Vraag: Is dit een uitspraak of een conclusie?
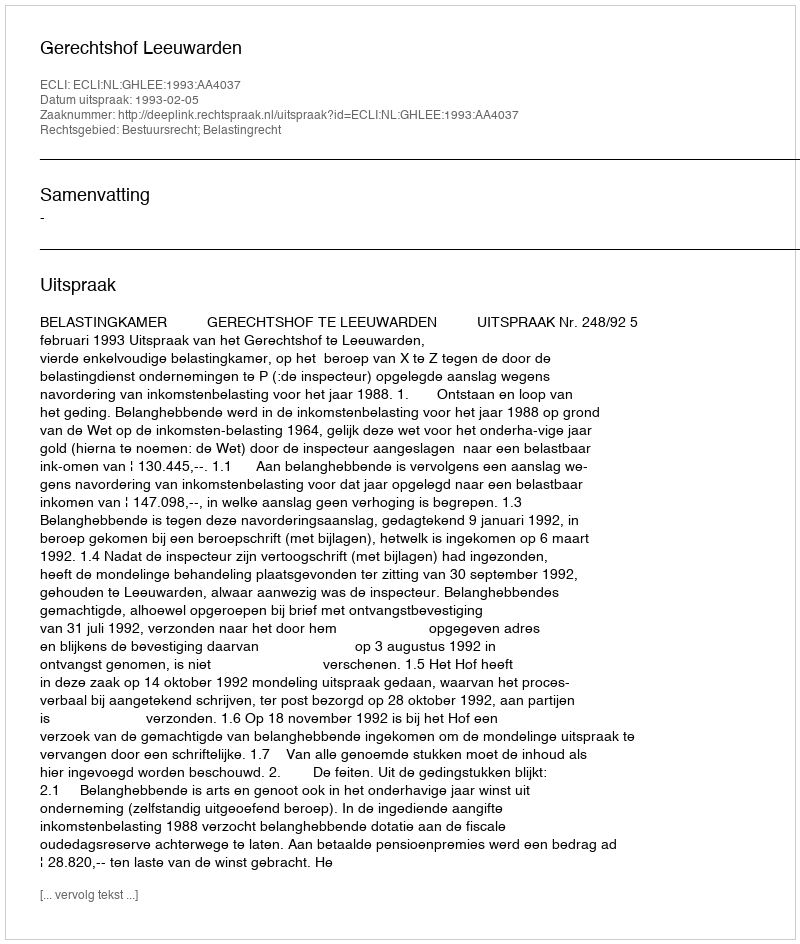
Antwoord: Uitspraak